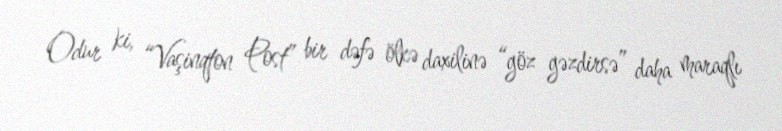
Odur ki, “Vaşinqton Post” bir dəfə ölkə daxilinə “göz gəzdirsə” daha maraqlı